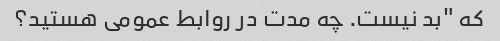
که "بد نیست. چه مدت در روابط عمومی هستید؟